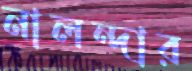
নালন্দার